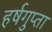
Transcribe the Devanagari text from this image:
हर्षगुप्ता